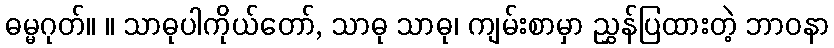
ဓမ္မဂုတ်။ ။ သာဓုပါကိုယ်တော်, သာဓု သာဓု၊ ကျမ်းစာမှာ ညွှန်ပြထားတဲ့ ဘာဝနာ